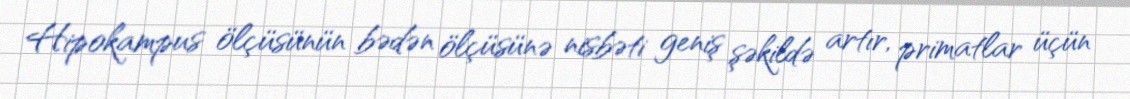
Hipokampus ölçüsünün bədən ölçüsünə nisbəti geniş şəkildə artır, primatlar üçün